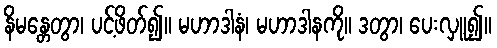
နိမန္တေတွာ၊ ပင့်ဖိတ်၍။ မဟာဒါနံ၊ မဟာဒါနကို။ ဒတွာ၊ ပေးလှူ၍။